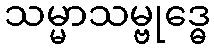
သမ္မာသမ္ဗုဒ္ဓေ